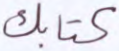
كتابك